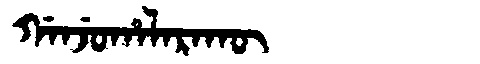
Manchu: ᡤᠠᠨᠵᡠᡥᠠᠯᠠᡵᠠᡴᡡ
Romanization: GANJUHALARAKŪ